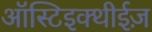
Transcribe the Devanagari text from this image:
ऑस्टिइक्थीईज़